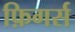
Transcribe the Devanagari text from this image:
फ़िगर्स